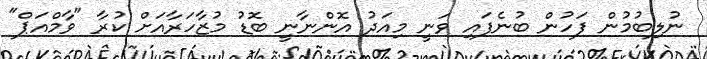
ނުލިބުމުން ފަހުން ބުނެފައި ވަނީ މިއަދު އޮންނާނީ ބޮޑު މުޒާހަރާއަށް ކުރާ "ވާމްއަޕް"